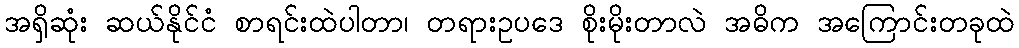
အရှိဆုံး ဆယ်နိုင်ငံ စာရင်းထဲပါတာ၊ တရားဥပဒေ စိုးမိုးတာလဲ အဓိက အကြောင်းတခုထဲ